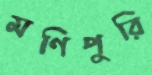
মণিপুরি